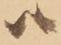
ハ